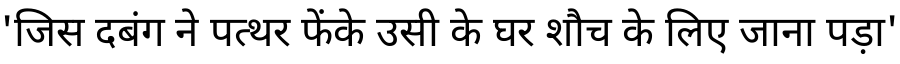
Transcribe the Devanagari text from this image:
'जिस दबंग ने पत्थर फेंके उसी के घर शौच के लिए जाना पड़ा'